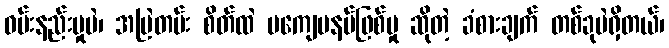
ဝမ်းနည်းမှုပဲ၊ အမြဲတမ်း စိတ်ထဲ မကျေမနပ်ဖြစ်မှု ဆိုတဲ့ ခံစားချက် တစ်ခုပဲရှိတယ်၊